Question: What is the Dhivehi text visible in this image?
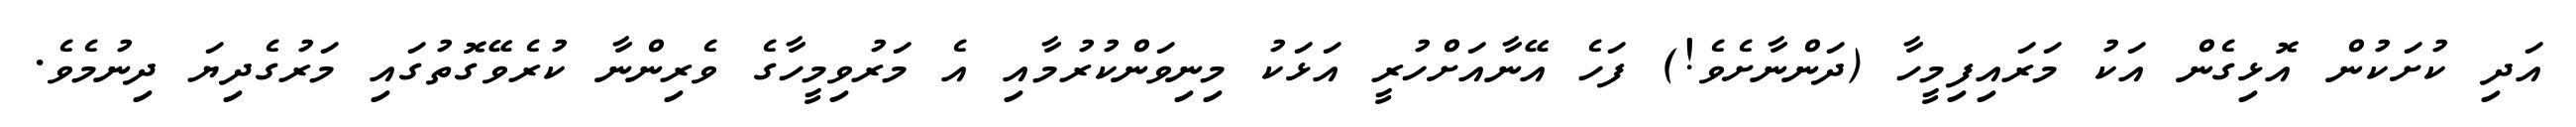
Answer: އަދި ކުށަކުން އޮޅިގެން އަކު މަރައިފިމީހާ (ދަންނާށެވެ!) ފަހެ އޭނާއަށްހުރީ އަޅަކު މިނިވަންކުރުމާއި އެ މަރުވިމީހާގެ ވެރިންނާ ކުރެވޭގޮތުގައި މަރުގެދިޔަ ދިނުމެވެ.